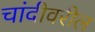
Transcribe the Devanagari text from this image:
चांदीवरील